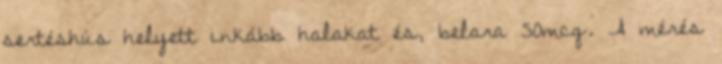
sertéshús helyett inkább halakat és, belara 50mcg. A mérés